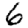
Digit: 6